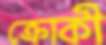
ক্রোকী